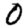
Digit: 0